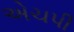
એચપી